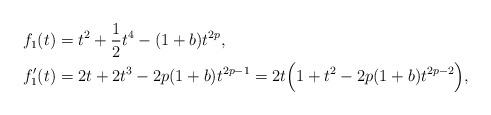
LaTeX: \begin{align*}&f_{1}(t)=t^{2}+\frac{1}{2}t^{4}-(1+b)t^{2p},\\&f_{1}'(t)=2t+2t^{3}-2p(1+b)t^{2p-1}=2t\Big(1+t^{2}-2p(1+b)t^{2p-2}\Big),\end{align*}